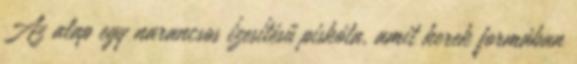
Az alap egy narancsos ízesítésű piskóta, amit kerek formában